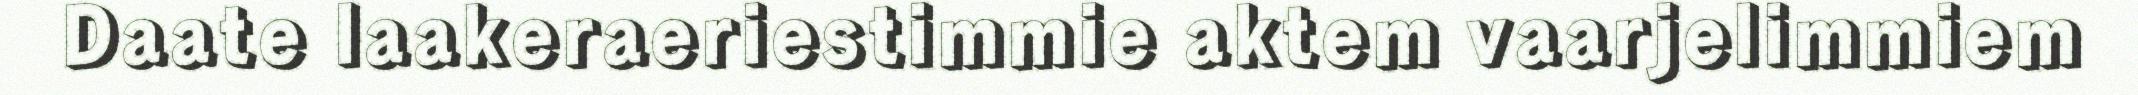
Daate laakeraeriestimmie aktem vaarjelimmiem